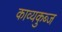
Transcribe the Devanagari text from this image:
काव्यकुब्ज